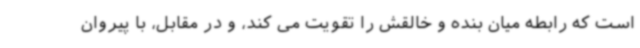
است که رابطه میان بنده و خالقش را تقویت می کند، و در مقابل، با پیروان